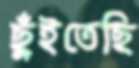
ছুঁইতেছি